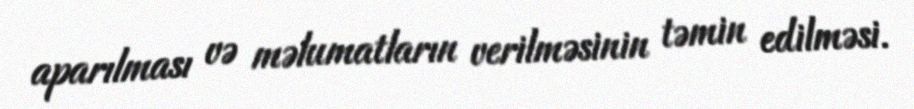
aparılması və məlumatların verilməsinin təmin edilməsi.